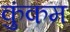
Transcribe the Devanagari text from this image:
कुंकम